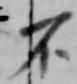
不